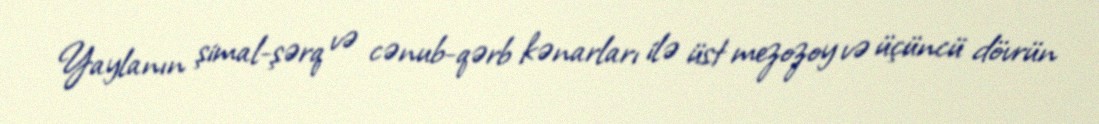
Yaylanın şimal-şərq və cənub-qərb kənarları ilə üst mezozoy və üçüncü dövrün